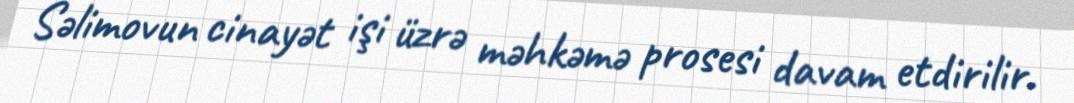
Səlimovun cinayət işi üzrə məhkəmə prosesi davam etdirilir.